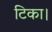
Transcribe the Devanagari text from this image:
टिका।